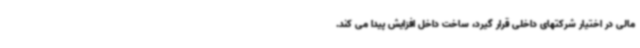
مالی در اختیار شرکتهای داخلی قرار گیرد، ساخت داخل افزایش پیدا می کند.